Vaccination in Bombay 1863-1868 - 1863-1868
Year: 1863
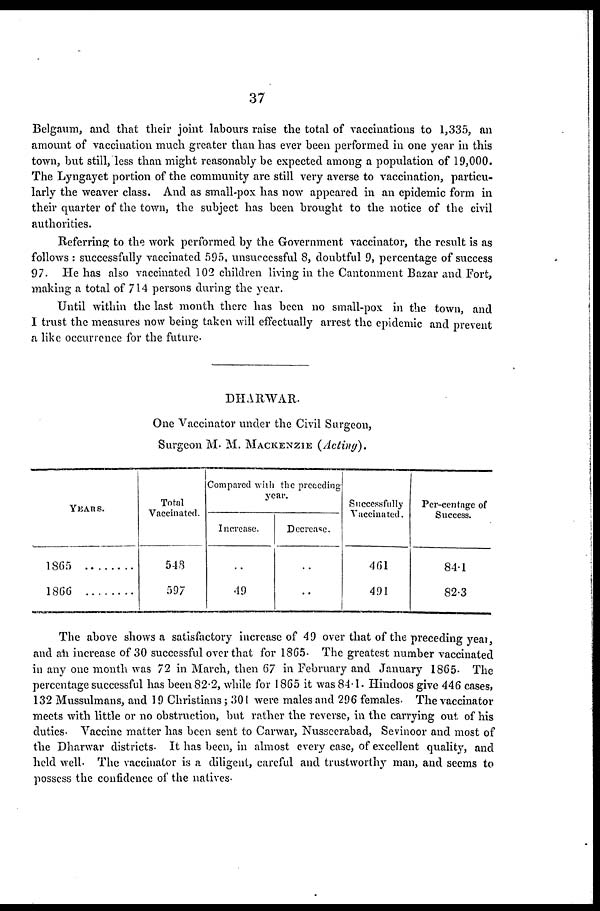
37
Belgaum, and that their joint labours raise the total of vaccinations to 1,335, an
amount of vaccination much greater than has ever been performed in one year in this
town, but still, less than might reasonably be expected among a population of 19,000.
The Lyngayet portion of the community are still very averse to vaccination, particu-
larly the weaver class. And as small-pox has now appeared in an epidemic form in
their quarter of the town, the subject has been brought to the notice of the civil
authorities.
Referring to the work performed by the Government vaccinator, the result is as
follows : successfully vaccinated 595, unsuccessful 8, doubtful 9, percentage of success
97. He has also vaccinated 102 children living in the Cantonment Bazar and Fort,
making a total of 714 persons during the year.
Until within the last month there has been no small-pox in the town, and
I trust the measures now being taken will effectually arrest the epidemic and prevent
a like occurrence for the future.
DHARWAR.
One Vaccinator under the Civil Surgeon,
Surgeon M. M. MACKENZIE (Acting).
YEARS.
1865
1866 .......
Total
Vaccinated.
543
597
Compared with the preceding
year.
Increase.
..
49
Decrease.
..
..
Successfully
Vaccinated.
461
491
Per-centage of
Success.
84.1
82.3
The above shows a satisfactory increase of 49 over that of the preceding year,
and an increase of 30 successful over that for 1865. The greatest number vaccinated
in any one month was 72 in March, then 67 in February and January 1865. The
percentage successful has been 82.2, while for 1865 it was 84.1. Hindoos give 446 cases,
132 Mussulmans, and 19 Christians ; 301 were males and 296 females. The vaccinator
meets with little or no obstruction, but rather the reverse, in the carrying out of his
duties. Vaccine matter has been sent to Carwar, Nusscerabad, Sevinoor and most of
the Dharwar districts. It has been, in almost every case, of excellent quality, and
held well. The vaccinator is a diligent, careful and trustworthy man, and seems to
possess the confidence of the natives.